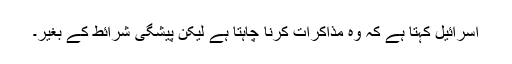
اسرائیل کہتا ہے کہ وہ مذاکرات کرنا چاہتا ہے لیکن پیشگی شرائط کے بغیر۔